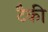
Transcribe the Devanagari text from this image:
टैकी